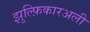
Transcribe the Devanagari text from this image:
झुल्फ़िकारअली